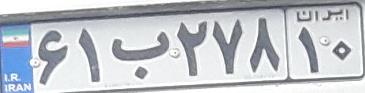
۶۱ب۲۷۸۱۰